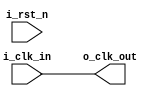
//////////////////////////////////////////////////////////////////////////////////
//==================================================================================
// MIXEL GP 2023 LIBRARY
// Copyright (c) 2023 Mixel, Inc.  All Rights Reserved.
// CONFIDENTIAL AND PROPRIETARY SOFTWARE/DATA OF MIXEL and ASU 2023 GP, INC.
//
// Revision:  
//
// Version : 1.0
// 
// Design Name:  clk_divider 
// Module Name:  clk_divider 
//
//==================================================================================
//
//  STATEMENT OF USE
//
//  This information contains confidential and proprietary information of MIXEL.
//  No part of this information may be reproduced, transmitted, transcribed,
//  stored in a retrieval system, or translated into any human or computer
//  language, in any form or by any means, electronic, mechanical, magnetic,
//  optical, chemical, manual, or otherwise, without the prior written permission
//  of MIXEL.  This information was prepared for Garduation Project purpose and is for
//  use by MIXEL Engineers only.  MIXEL and ASU 2023 GP reserves the right 
//  to make changes in the information at any time and without notice.
//
//==================================================================================
//////////////////////////////////////////////////////////////////////////////////

module clk_divider (
	                input   wire    i_clk_in   ,  // XC7S15 FTGB196ABX FPGA Clk >> 100 MHZ (10 ns) 
	                input   wire    i_rst_n    ,
	                output  wire     o_clk_out );  // output divided clk by 2 >> 50 MHZ (20 ns)


assign o_clk_out = i_clk_in;

endmodule